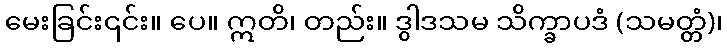
မေးခြင်း၎င်း။ ပေ။ ဣတိ၊ တည်း။ ဒွါဒသမ သိက္ခာပဒံ (သမတ္တံ)၊